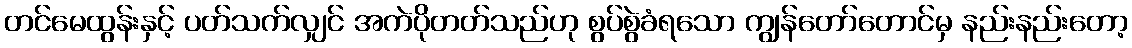
တင်မေထွန်းနှင့် ပတ်သက်လျှင် အကဲပိုတတ်သည်ဟု စွပ်စွဲခံရသော ကျွန်တော်တောင်မှ နည်းနည်းတော့